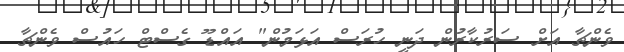
ވެންޗާ އަށް ސަރުކާރުން ދަނީ ހުރަސް އަޅަމުން" އައްޑޫ ގެސްޓް ހައުސް ވެންޗާ